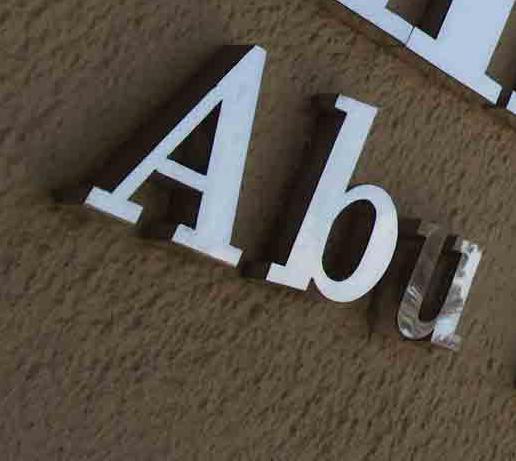
abu